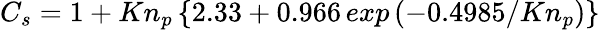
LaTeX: C_{s}=1+Kn_{p}\left\{ 2.33+0.966\, exp\left(-0.4985/Kn_{p}\right)\right\}